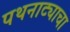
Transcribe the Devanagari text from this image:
पथनाट्याचा